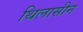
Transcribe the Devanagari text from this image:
थिलासीन